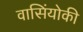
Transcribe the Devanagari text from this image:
वासिंयोकी